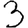
Digit: 3